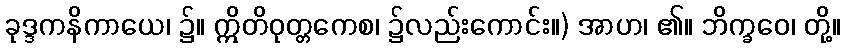
ခုဒ္ဒကနိကာယေ၊ ၌။ ဣိတိဝုတ္တကေစ၊ ၌လည်းကောင်း။) အာဟ၊ ၏။ ဘိက္ခဝေ၊ တို့။